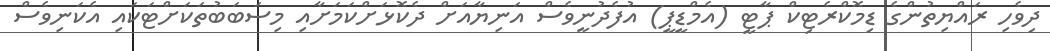
ދިވެހި ރައްޔިތުންގެ ޑިމޮކްރެޓިކް ޕާޓީ (އެމްޑީޕީ) އުފެދުނީވެސް އަނިޔާއަށް ދެކޮޅަށްކަމަށާއި މިސަބަބުތަކަށްޓަކައި އެކަނިވެސް